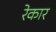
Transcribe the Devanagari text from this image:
रेकार